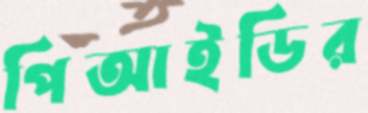
পিআইডির